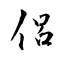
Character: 侣